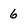
Character: 6